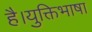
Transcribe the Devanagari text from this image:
है।युक्तिभाषा